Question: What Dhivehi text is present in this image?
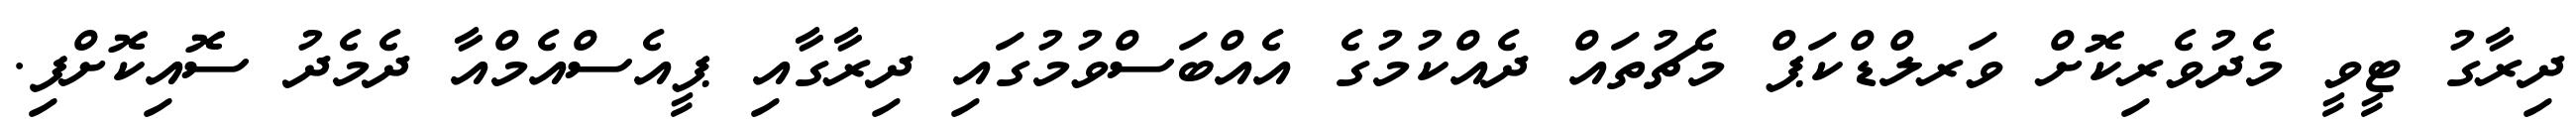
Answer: ދިރާގު ޓީވީ މެދުވެރިކޮށް ވަރލްޑްކަޕް މެޗުތައް ދެއްކުމުގެ އެއްބަސްވުމުގައި ދިރާގާއި ޕީއެސްއެމްއާ ދެމެދު ސޮއިކޮށްފި.